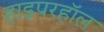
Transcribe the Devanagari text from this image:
हाइपरहॉल